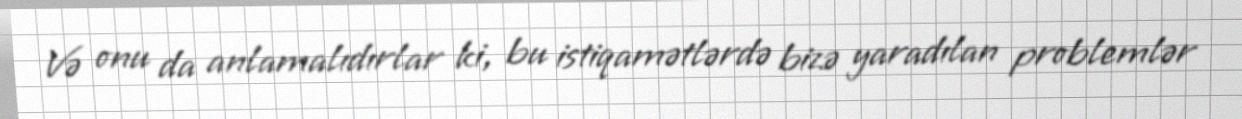
Və onu da anlamalıdırlar ki, bu istiqamətlərdə bizə yaradılan problemlər